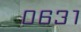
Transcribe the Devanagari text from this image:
०६३१